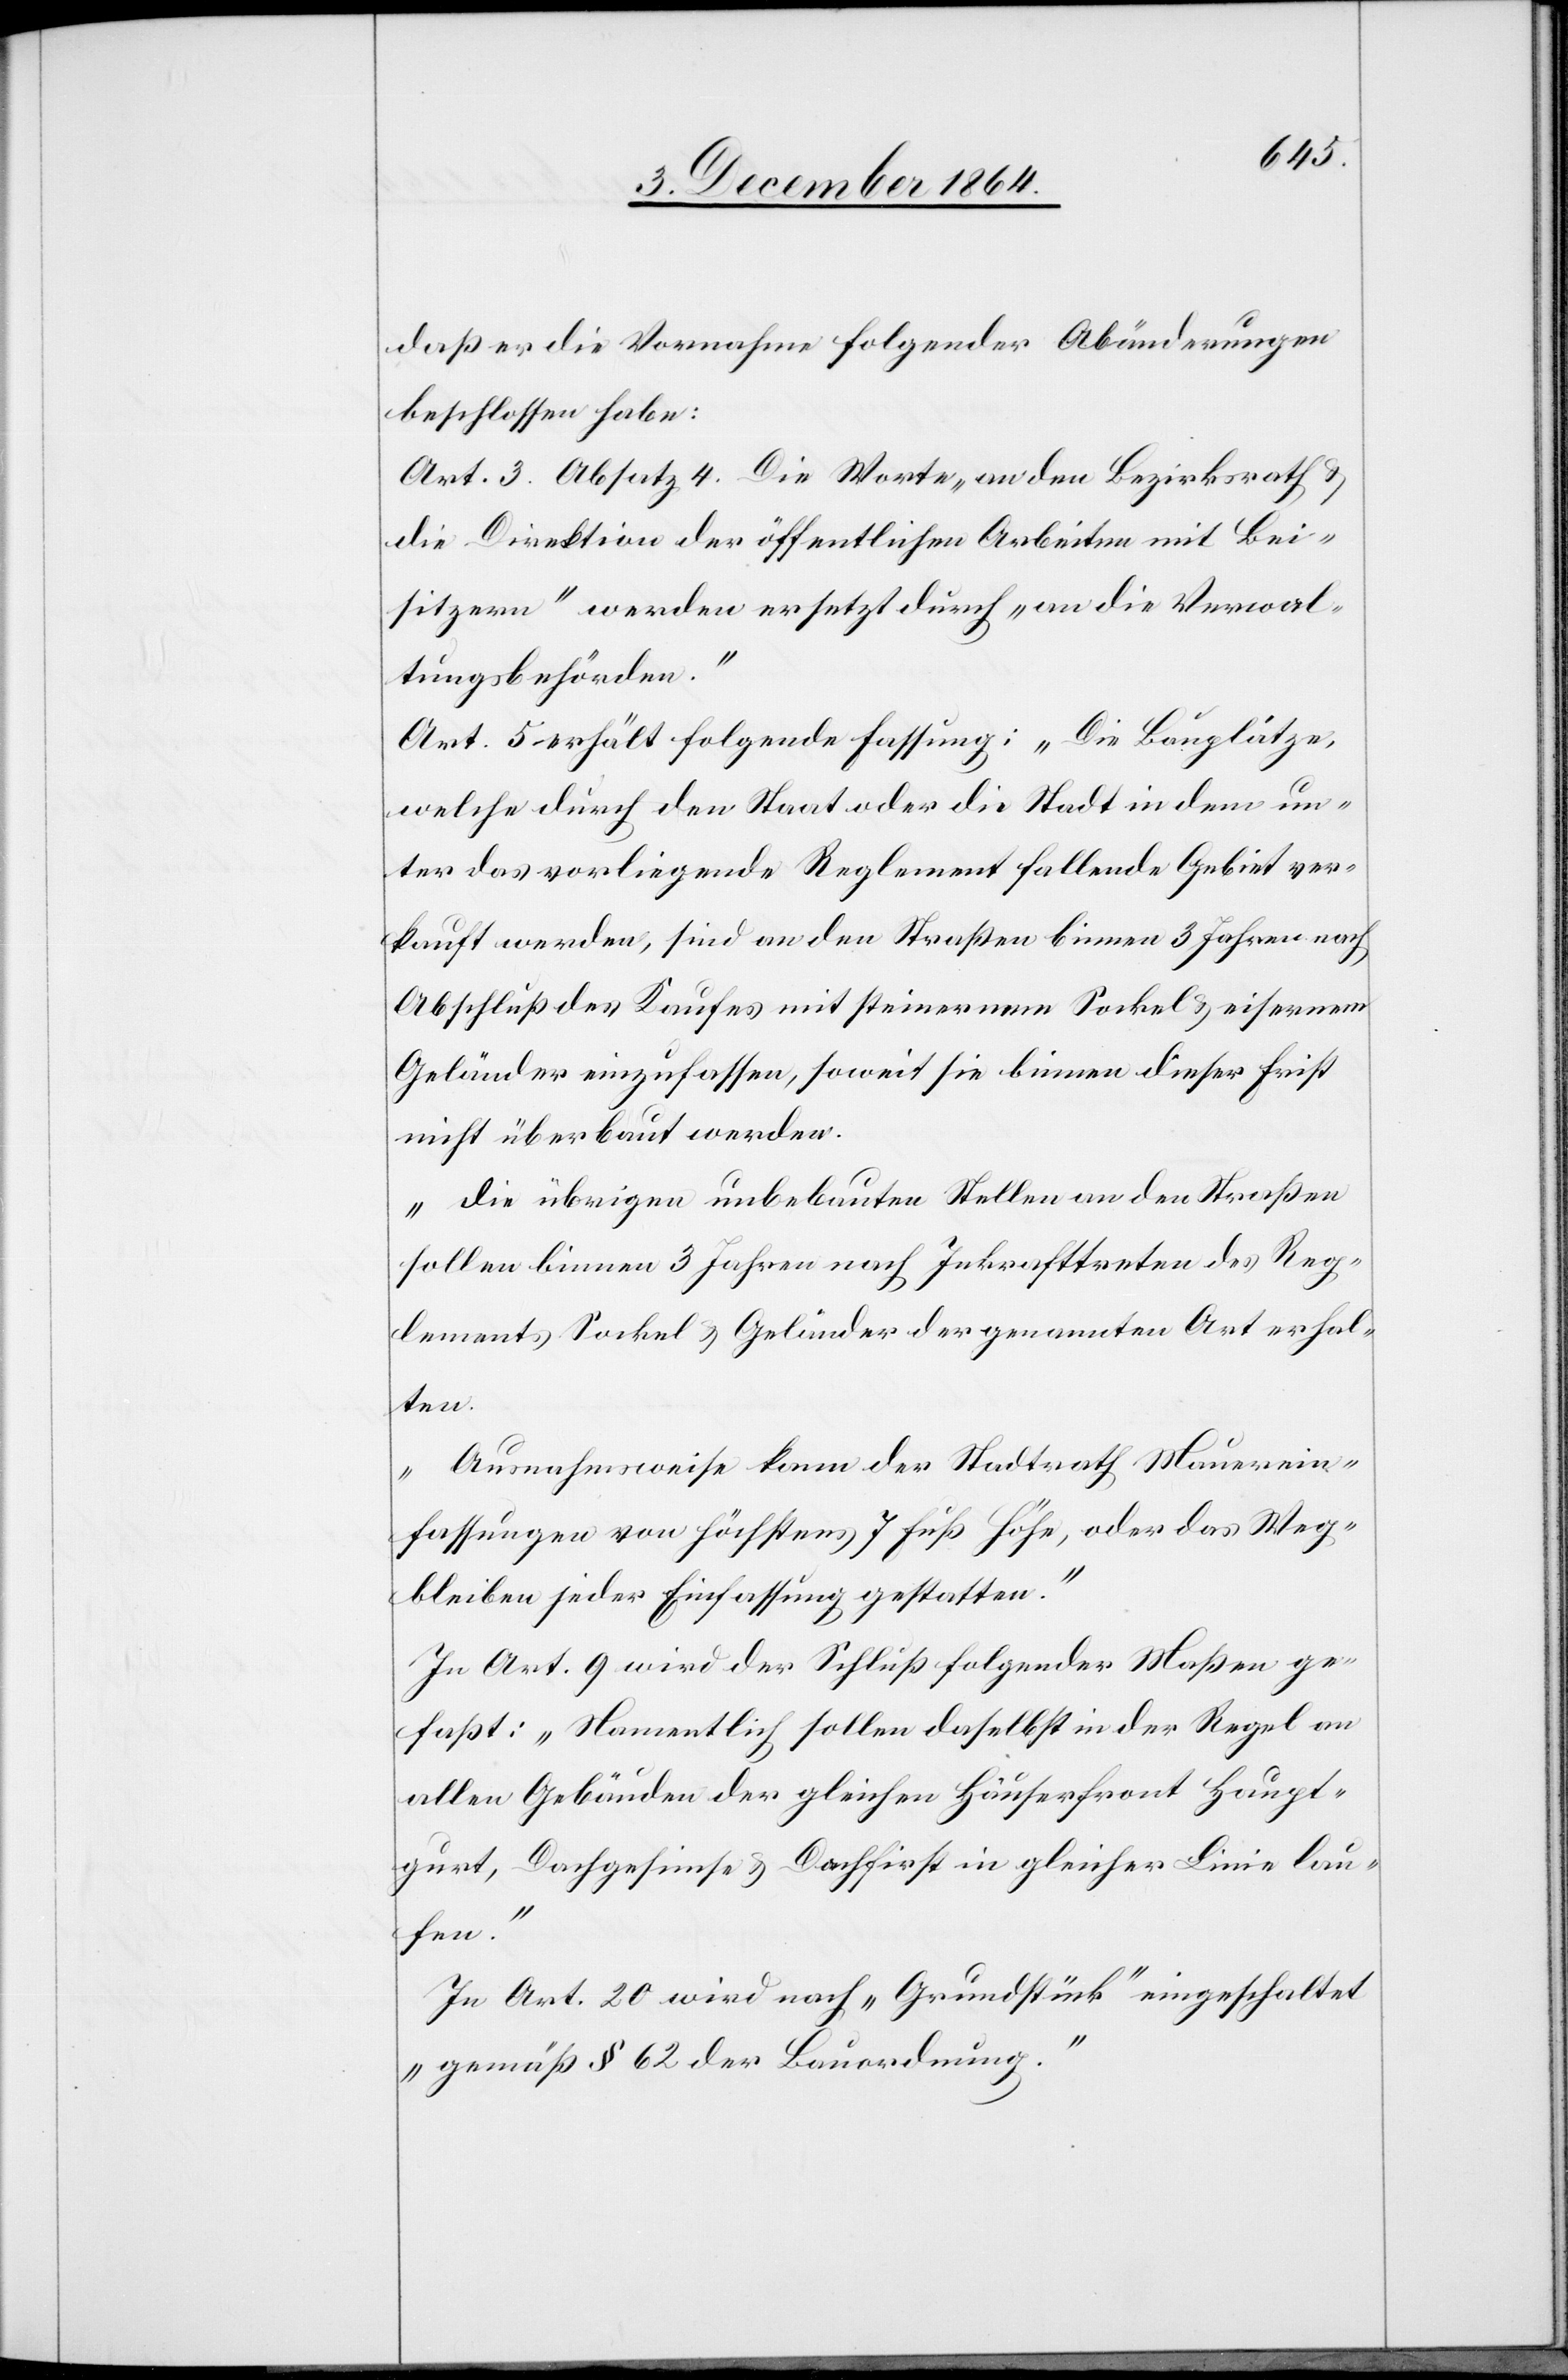
daß er die Vornahme folgender Abänderungen
beschlossen habe:
Art. 3. Absatz 4. Die Worte „an den Bezirksrath &
die Direktion der öffentlichen Arbeiten mit Bei¬
sitzern“ werden ersetzt durch „an die Verwal¬
tungsbehörden.“
Art. 5 erhält folgenden Fassung: „Die Bauplätze,
welche durch den Staat oder die Stadt in dem un¬
ter das vorliegende Reglement fallende[n] Gebiet ver¬
kauft werden, sind an den Straßen binnen 3 Jahren nach
Abschluß des Kaufes mit steinernen Sockel & eisernen
Geländer einzufassen, soweit sie binnen dieser Frist
nicht überbaut werden.
Die übrigen unbebauten Stellen an den Straßen
sollen binnen 3 Jahren nach Inkrafttreten des Reg¬
lements Sockel & Geländer der genannten Art erhal¬
ten.
Ausnahmsweise kann der Stadtrath Mauerein¬
fassungen von höchstens 7 Fuß Höhe, oder das Weg¬
bleiben jeder Einfassung gestatten.“
In Art. 9 wird der Schluß folgender Maßen ge¬
faßt: „Namentlich sollen daselbst in der Regel an
allen Gebäuden der gleichen Häuserfront Haupt¬
gurt, Dachgesimse & Dachfirst in gleicher Linie lau¬
fen.“
In Art. 20 wird nach „Grundstück“ eingeschaltet
„gemäß § 62 der Bauordnung.“